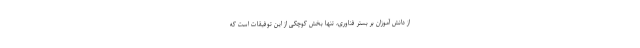
از دانش آموزان بر بستر فناوری، تنها بخش کوچکی از این توفیقات است که